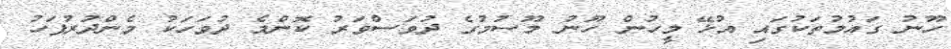
ހޫނު ގައުމުތަކުގައި އުޅޭ މީހުން ހޫނު މޫސުމުގެ ދުވަސްވަރު ކޮންމެ ދުވަހަކު މެންދުރުފަހު